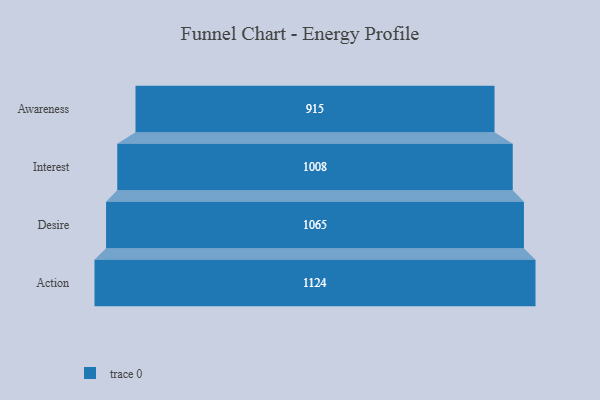
{"axis": {"x": "Stage", "y": "Value"}, "legend": [""], "data": [{"x": "Awareness", "y": 915.0, "type": ""}, {"x": "Interest", "y": 1008.0, "type": ""}, {"x": "Desire", "y": 1065.0, "type": ""}, {"x": "Action", "y": 1124.0, "type": ""}]}